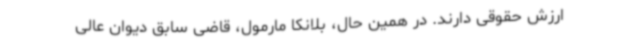
ارزش حقوقی دارند. در همین حال، بلانکا مارمول، قاضی سابق دیوان عالی